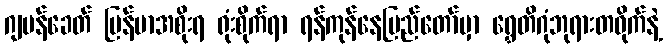
ဂျပန်ခေတ် မြန်မာအစိုးရ ရုံးစိုက်ရာ ရန်ကုန်နေပြည်တော်မှာ ရွှေတိဂုံဘုရားတဝိုက်နဲ့